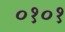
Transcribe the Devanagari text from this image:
०१०१